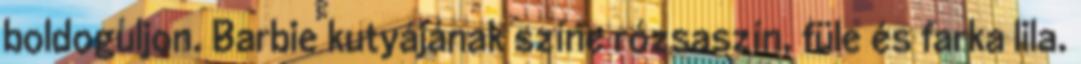
boldoguljon. Barbie kutyájának színe rózsaszín, füle és farka lila.